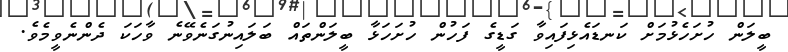
ބީލަން ހުށަހެޅުމަށް ކަނޑައެޅިފައިވާ ގަޑީގެ ފަހުން ހުށަހަޅާ ބީލަންތައް ބަލައިނުގަނެވޭނެ ވާހަކަ ދެންނެވީމެވެ.